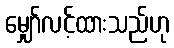
မျှော်လင့်ထားသည်ဟု